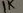
Text: 1K